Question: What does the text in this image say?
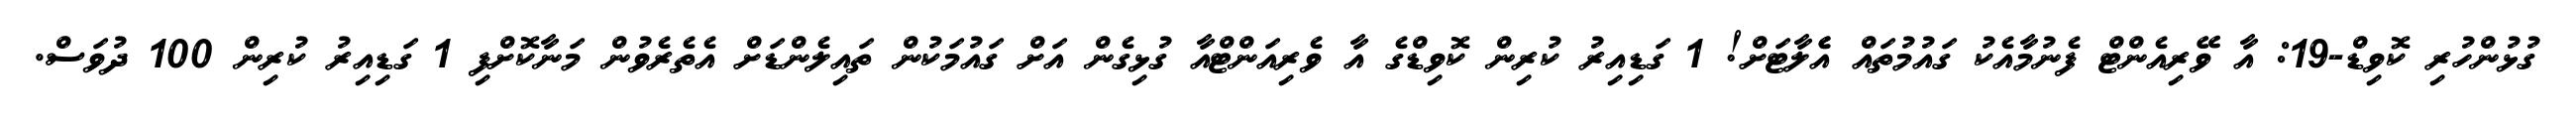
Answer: ގުޅުންހުރި ކޮވިޑް-19: އާ ވޭރިއެންޓް ފެނުމާއެކު ގައުމުތައް އެެލާޓަށް! 1 ގަޑިއިރު ކުރިން ކޮވިޑްގެ އާ ވެރިއަންޓްއާ ގުޅިގެން އަށް ގައުމަކުން ތައިލެންޑަށް އެތެރެވުން މަނާކޮށްފި 1 ގަޑިއިރު ކުރިން 100 ދުވަސް.